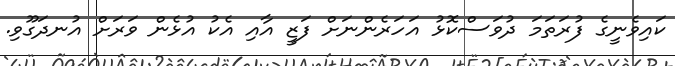
ކައިވެނީގެ ފުރަތަމަ ދުވަސްކޮޅު އަހަރެންނަށް ފަޒީ އާއި އެކު އުޅެން ވަރަށް އުނދަގޫވި.